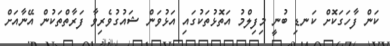
ކަން ފާހަގަކޮށް ކަނޑި ބުނީ މިފިލްމު އަތޮޅުތަކުގައި އަޅުވަން ޝައުގުވެރިވާ ފަރާތްތަކުން އޭނާއަށް